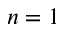
n = 1